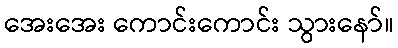
အေးအေး ကောင်းကောင်း သွားနော်။